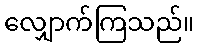
လျှောက်ကြသည်။